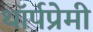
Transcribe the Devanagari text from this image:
थॉर्पप्रेमी